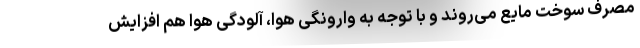
مصرف سوخت مایع می‌روند و با توجه به وارونگی هوا، آلودگی هوا هم افزایش